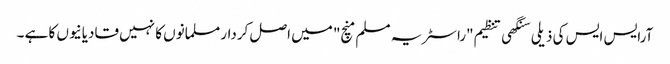
آرایس ایس کی ذیلی سنگھی تنظیم "راسٹریہ مسلم منچ" میں اصل کردار مسلمانوں کا نہیں قادیانیوں کا ہے ۔